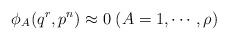
LaTeX: \begin{align*}\phi_A(q^r,p^n) \approx 0 \; (A=1,\cdots,\rho) \end{align*}